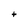
Character: t